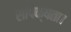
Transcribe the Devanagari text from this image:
सापेक्षता।